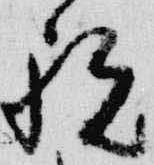
祝